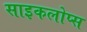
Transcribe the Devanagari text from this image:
साइकलोप्स